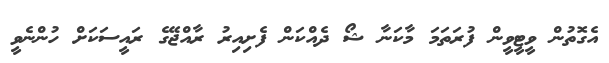
އެގޮތުން ވީޓީވީން ފުރަތަމަ މާކަނާ ޝޯ ދެއްކަަން ފެށިއިރު ރާއްޖޭގެ ރައީސަކަށް ހުންނެވީ